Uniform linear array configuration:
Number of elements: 12
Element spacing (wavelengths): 1
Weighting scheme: blackman
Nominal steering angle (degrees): -30
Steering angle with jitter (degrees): -28.202
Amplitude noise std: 0.05
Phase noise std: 0.05

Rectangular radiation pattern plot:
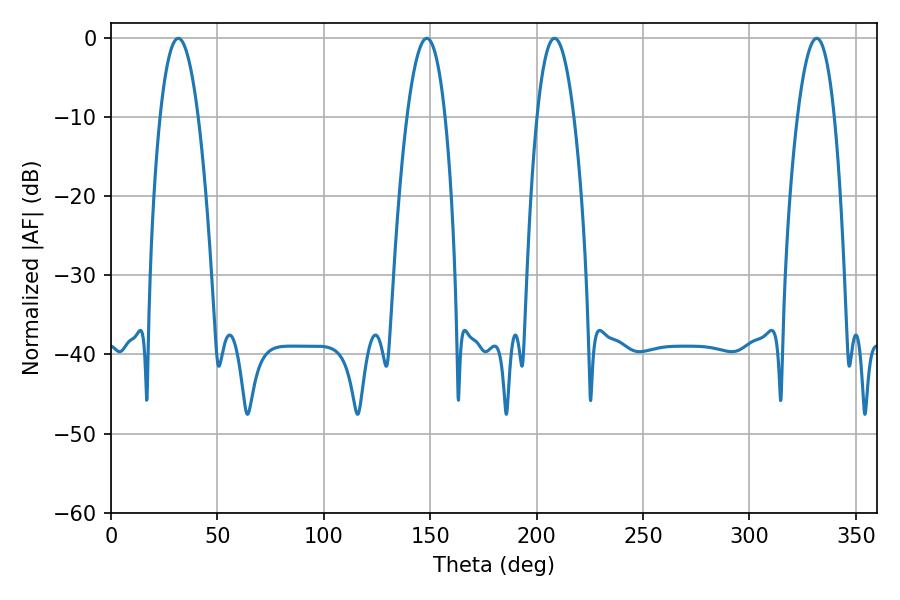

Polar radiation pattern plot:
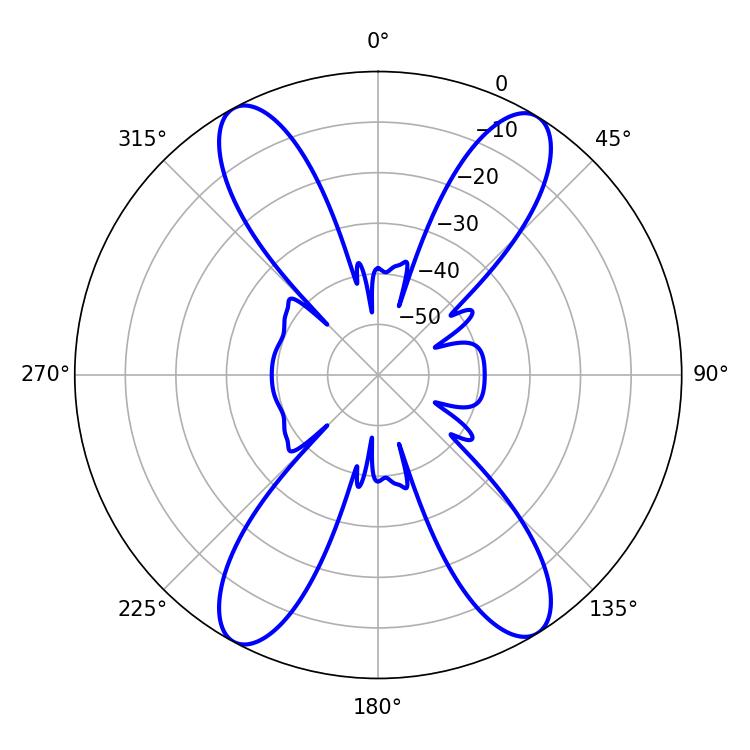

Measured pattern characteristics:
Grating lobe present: TRUE
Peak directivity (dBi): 19.325
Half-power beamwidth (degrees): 9.54
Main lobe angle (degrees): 208.44